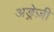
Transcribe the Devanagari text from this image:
अङ्रेज़ी